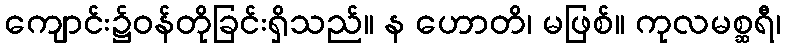
ကျောင်း၌ဝန်တိုခြင်းရှိသည်။ န ဟောတိ၊ မဖြစ်။ ကုလမစ္ဆရီ၊